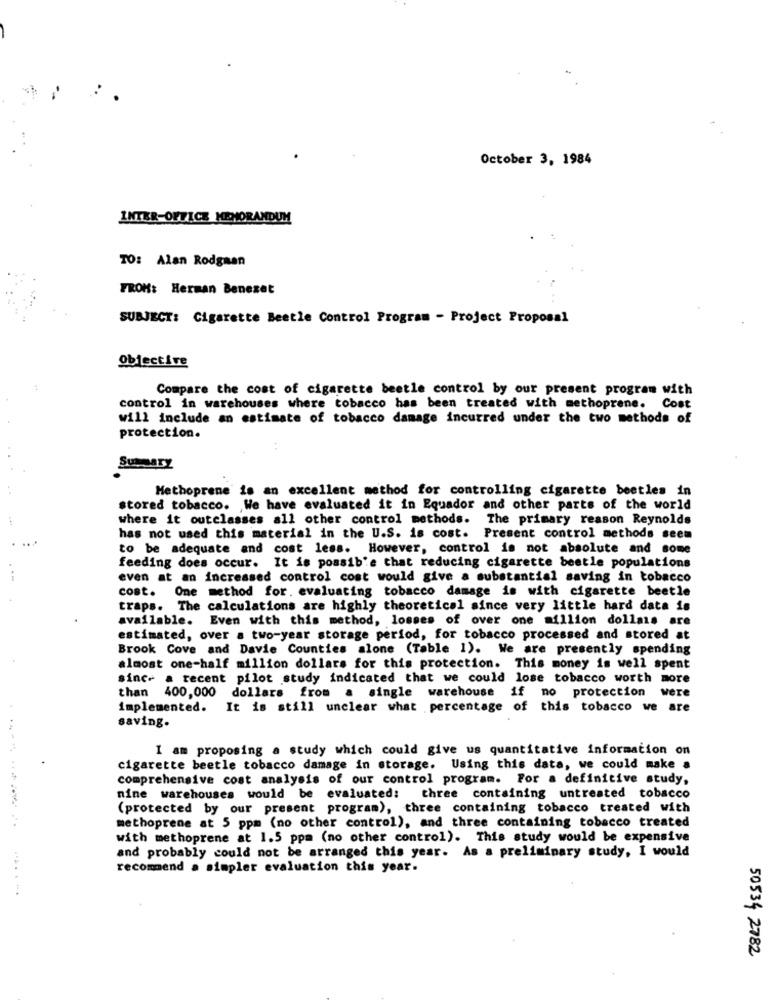
October 3, 1984
INTER-OFFICE MEMORANDUM
TO: Alan Rodgaan
FROM: Herman Benezet
SUBJECT: Cigarette Beetle Control Program - Project Proposal
Objective
Compare the cost of cigarette beetle control by our present program with
control in warehouses where tobacco has been treated with methoprene. Cost
will include an estimate of tobacco damage incurred under the two methods of
protection.
Summary
Methoprene is an excellent method for controlling cigarette beetles in
stored tobacco. We have evaluated it in Equador and other parts of the world
where it outclasses all other control methods. The primary reason Reynolds
has not used this material in the U.S. is cost. Present control methods seem
to be adequate and cost less. However, control is not absolute and some
feeding does occur. It is possib'e that reducing cigarette beetle populations
even at an increased control cost would give a substantial saving in tobacco
cost. One method for. evaluating tobacco damage is with cigarette beetle
traps. The calculations are highly theoretical since very little hard data is
available. Even with this method, losses of over one million dollas are
estimated, over a two-year storage period, for tobacco processed and stored at
Brook Cove and Davie Counties alone (Table 1). We are presently spending
almost one-half million dollars for this protection. This money is well spent
since a recent pilot study indicated that we could lose tobacco worth more
than 400,000 dollars from a single warehouse if no protection were
implemented.
It is still unclear what percentage of this tobacco we are
saving.
I am proposing a study which could give us quantitative information on
cigarette beetle tobacco damage in storage. Using this data, we could make a
comprehensive cost analysis of our control program. For a definitive study,
nine warehouses would be evaluated: three containing untreated tobacco
(protected by our present program), three containing tobacco treated with
methoprene at 5 ppm (no other control), and three containing tobacco treated
with methoprene at 1.5 ppm (no other control). This study would be expensive
and probably could not be arranged this year. As a preliminary study, I would
recommend a simpler evaluation this year.
.... . ..
50534 2782